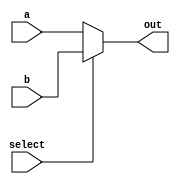
module mux_2to1 (
input a, 
input b, 
input select, 
output out
);

assign out = (select == 1'b0) ? a : b;

endmodule